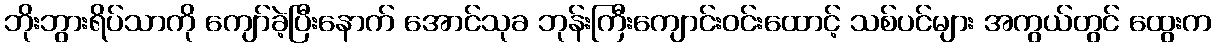
ဘိုးဘွားရိပ်သာကို ကျော်ခဲ့ပြီးနောက် အောင်သုခ ဘုန်းကြီးကျောင်းဝင်းထောင့် သစ်ပင်များ အကွယ်တွင် ထွေးက